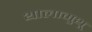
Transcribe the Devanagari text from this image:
थालामुथू